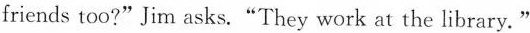
friends too?"Jim asks."They work at the library."